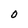
Character: O